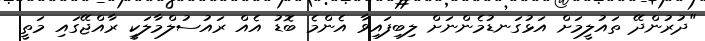
"ދުރުންދޭ ތައުލީމަށް އަޅުގަނޑުމެންނަށް ލިބިފައިވާ އެންމެ ބޮޑު އެއް ރައުސުލްމާލަކީ ރާއްޖޭގައި މަތީ